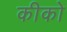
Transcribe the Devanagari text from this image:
कीको